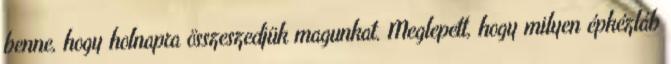
benne, hogy holnapra összeszedjük magunkat. Meglepett, hogy milyen épkézláb